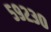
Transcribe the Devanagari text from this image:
५९२३०